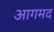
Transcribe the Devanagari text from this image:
आगमद